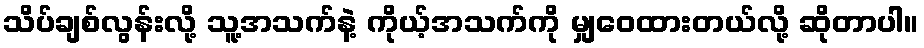
သိပ်ချစ်လွန်းလို့ သူ့အသက်နဲ့ ကိုယ့်အသက်ကို မျှဝေထားတယ်လို့ ဆိုတာပါ။